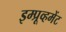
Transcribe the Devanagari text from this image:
इम्प्रूव्हमेंट